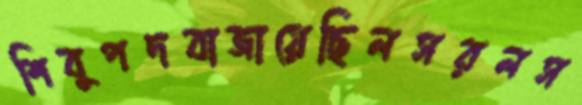
শিবুপদবাজায়েছিলসরলস